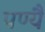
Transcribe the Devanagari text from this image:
पण्यै